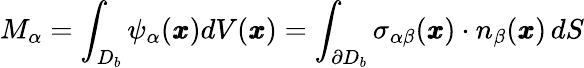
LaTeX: M_{\alpha}=\int_{{D_{b}}}\psi_{\alpha}({\pmb x})dV({\pmb x})=\int_{\partial D_{b}}{\sigma}_{\alpha\beta}({\pmb x})\cdot{n}_{\beta}({\pmb x})\, dS